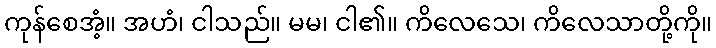
ကုန်စေအံ့။ အဟံ၊ ငါသည်။ မမ၊ ငါ၏။ ကိလေသေ၊ ကိလေသာတို့ကို။